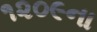
૧૨૦૯ના